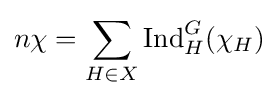
n\chi =\sum _{H\in X}{\text{Ind}}_{H}^{G}(\chi _{H})